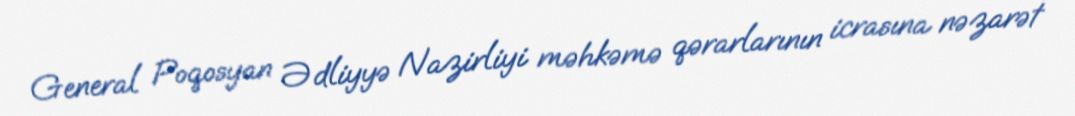
General Poqosyan Ədliyyə Nazirliyi məhkəmə qərarlarının icrasına nəzarət